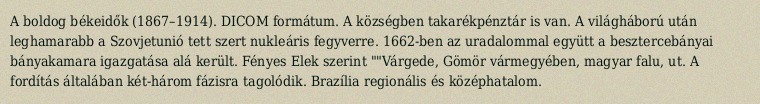
A boldog békeidők (1867–1914). DICOM formátum. A községben takarékpénztár is van. A világháború után leghamarabb a Szovjetunió tett szert nukleáris fegyverre. 1662-ben az uradalommal együtt a besztercebányai bányakamara igazgatása alá került. Fényes Elek szerint ""Várgede, Gömör vármegyében, magyar falu, ut. A fordítás általában két-három fázisra tagolódik. Brazília regionális és középhatalom.